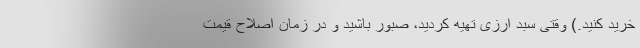
خرید کنید.) وقتی سبد ارزی تهیه کردید، صبور باشید و در زمان اصلاح قیمت